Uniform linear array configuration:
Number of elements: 8
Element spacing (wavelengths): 0.25
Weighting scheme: uniform
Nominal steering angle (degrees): -45
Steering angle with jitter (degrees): -45.638
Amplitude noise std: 0.05
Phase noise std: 0.05

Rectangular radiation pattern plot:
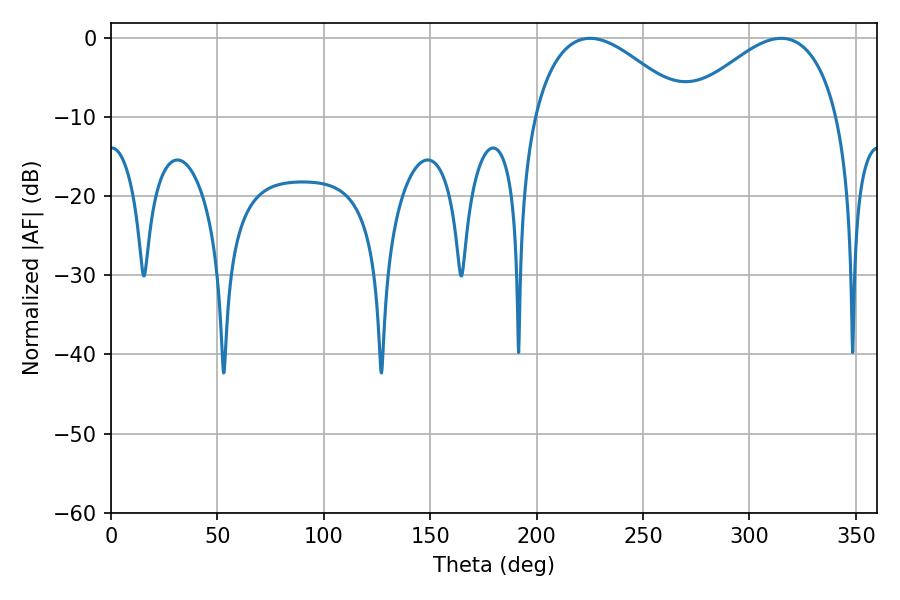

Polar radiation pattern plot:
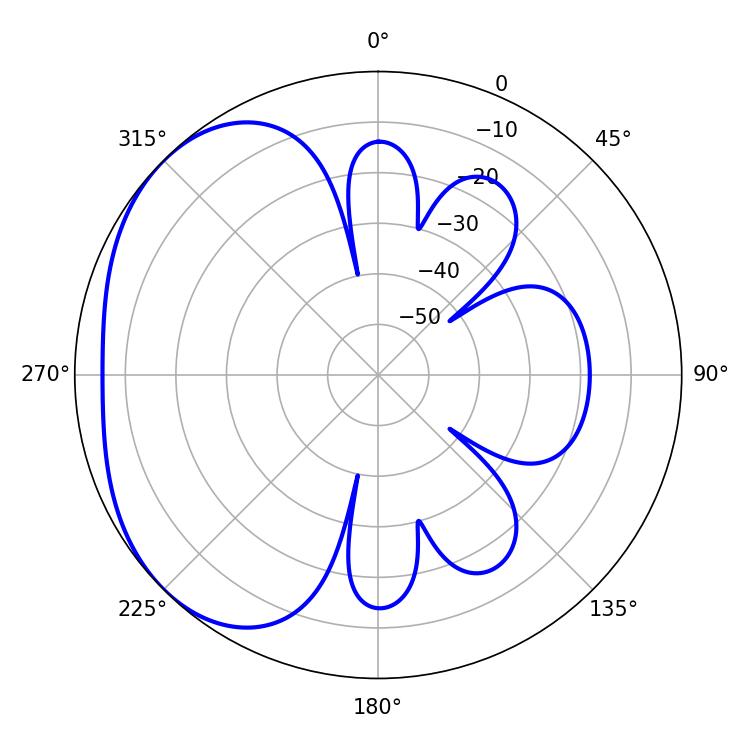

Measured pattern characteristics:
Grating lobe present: FALSE
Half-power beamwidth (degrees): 39.6
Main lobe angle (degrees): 225